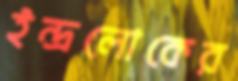
ইন্দ্রলোকের